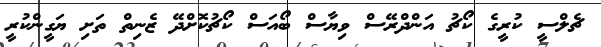
ޗެލްސީ ކުރީގެ ކޯޗު އަންދްރޭސް ވިޔާސް ބޯއަސް ކޯޗުކޮށްދޭ ޒެނިތް ތަށި ޔަގީންކުރީ